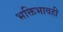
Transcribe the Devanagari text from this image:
भक्तिभावही